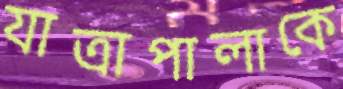
যাত্রাপালাকে